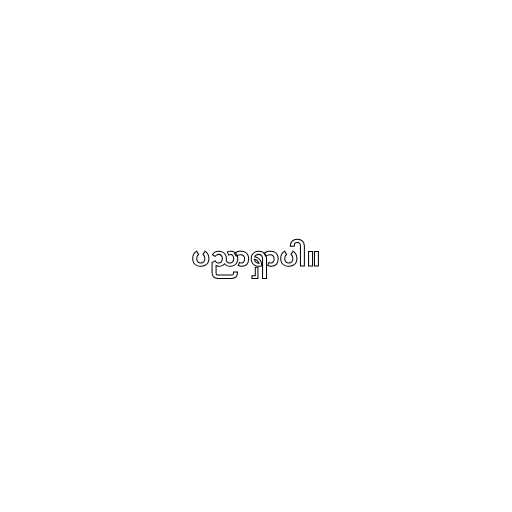
ပညာရှာပါ။